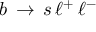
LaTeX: \, b \, \to \, s \, \ell ^ { + } \, \ell ^ { - }